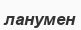
ланумен